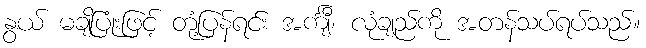
နွယ် မချိပြုံးဖြင့် တုံ့ပြန်ရင်း အင်္ကျီ၊ လုံချည်ကို အတန်သပ်ရပ်သည်။